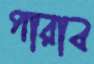
পারাব